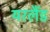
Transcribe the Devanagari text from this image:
यरलैंड